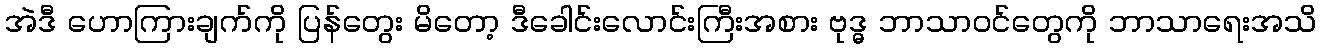
အဲဒီ ဟောကြားချက်ကို ပြန်တွေး မိတော့ ဒီခေါင်းလောင်းကြီးအစား ဗုဒ္ဓ ဘာသာဝင်တွေကို ဘာသာရေးအသိ